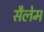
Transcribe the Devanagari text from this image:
सैलेम